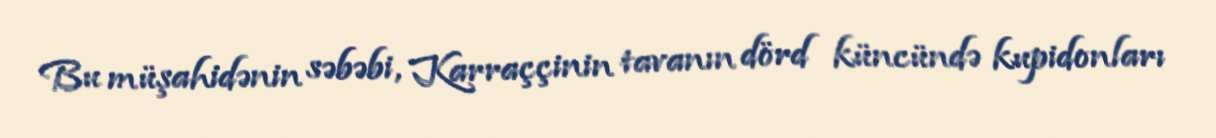
Bu müşahidənin səbəbi, Karraççinin tavanın dörd küncündə kupidonları